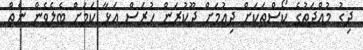
ދިގު މުއްދަތުގެ ކޯސްތަކަށް ދިއުމަށް ދޫކުރަން ހުރަސް އަޅާ ކަމަށް ބެލެވެން ނެތް